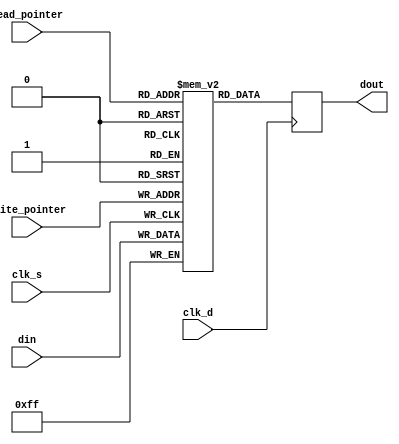
`timescale 1ns / 1ps
//////////////////////////////////////////////////////////////////////////////////
// Company: 
// Engineer: 
// 
// Design Name: 
// Module Name: FIFO
// Project Name: 
// Target Devices: 
// Tool Versions: 
// Description: 
// 
// Dependencies: 
// 
// Revision:
// Revision 0.01 - File Created
// Additional Comments:
// 
//////////////////////////////////////////////////////////////////////////////////


module FIFO(
    input [7:0] din,
    input [2:0] write_pointer,
    input [2:0] read_pointer,
    input clk_s,
    input clk_d,
    output reg [7:0] dout
    );
    
    reg [7:0] FIFO [7:0];
    always @(posedge clk_s)
    begin
        FIFO [write_pointer] <= din;
    end

    always @(posedge clk_d)
    begin
        dout <= FIFO [read_pointer];
    end
    
endmodule